Insane asylums Bombay 1873-77 - 1873-1877
Year: 1873
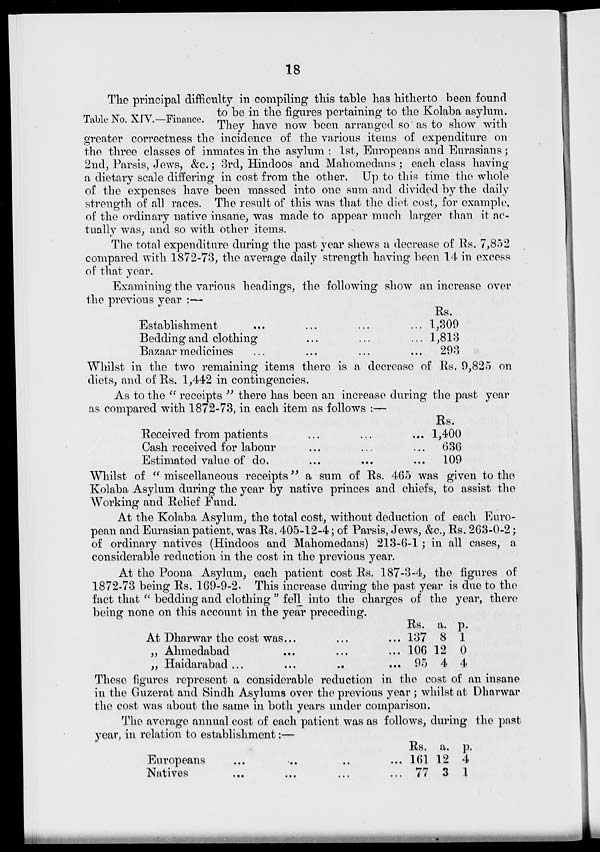
18
Table No. XIV.—Finance.
The principal difficulty in compiling this table has hitherto been found
to be in the figures pertaining to the Kolaba asylum.
They have now been arranged so as to show with
greater correctness the incidence of the various items of expenditure on
the three classes of inmates in the asylum : 1st, Europeans and Eurasians;
2nd, Parsis, Jews, &c.; 3rd, Hindoos and Mahomedans; each class having
a dietary scale differing in cost from the other. Up to this time the whole
of the expenses have been massed into one sum and divided by the daily
strength of all races. The result of this was that the diet cost, for example.
of the ordinary native insane, was made to appear much larger than it ac-
tually was, and so with other items.
The total expenditure during the past year shews a decrease of Rs. 7,852
compared with 1872-73, the average daily strength having been 14 in excess
of that year.
Examining the various headings, the following show an increase over
the previous year :—
Establishment ... ... ... ...
Bedding and clothing ... ... ...
Bazaar medicines ... ... ... ...
Rs.
1,309
1,813
293
Whilst in the two remaining items there is a decrease of Rs. 9,825 on
diets, and of Rs. 1,442 in contingencies.
As to the " receipts " there has been an increase during the past year
as compared with 1872-73, in each item as follows :—
Received from patients ... ... ...
Cash received for labour ... ... ...
Estimated value of do. ... ... ...
Rs.
1,400
636
109
Whilst of " miscellaneous receipts" a sum of Rs. 465 was given to the
Kolaba Asylum during the year by native princes and chiefs, to assist the
Working and Relief Fund.
At the Kolaba Asylum, the total cost, without deduction of each Euro-
pean and Eurasian patient, was Rs. 405-12-4; of Parsis, Jews, &c., Rs. 263-0-2;
of ordinary natives (Hindoos and Mahomedans) 213-6-1 ; in all cases, a
considerable reduction in the cost in the previous year.
At the Poona Asylum, each patient cost Rs. 187-3-4, the figures of
1872-73 being Rs. 169-9-2. This increase during the past year is due to the
fact that " bedding and clothing " fell into the charges of the year, there
being none on this account in the year preceding.
At Dharwar the cost was ... ... ...
„ Ahmedabad ... ... ...
„ Haidarabad ... ... ... ...
Rs.
137
106
95
a.
8
12
4
p.
1
0
4
These figures represent a considerable reduction in the cost of an insane
in the Guzerat and Sindh Asylums over the previous year ; whilst at Dharwar
the cost was about the same in both years under comparison.
The average annual cost of each patient was as follows, during the past
year, in relation to establishment:—
Europeans ... ... ... ...
Natives ... ... ... ...
Rs.
161
77
a.
12
3
p.
4
1